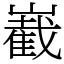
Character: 嶻